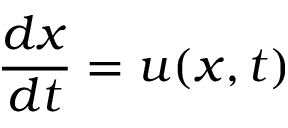
\frac { d x } { d t } = u ( x , t )